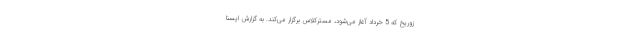
زوریخ که 5 خرداد آغاز می‌شود، مسترکلاس برگزار می‌کند. به گزارش ایسنا